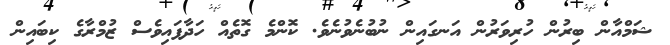
ޝަމްއާން ބިރުން ހުރިވަރުން އަނގައިން ނުބުނެވުނެވެ. ކޮންމެ ގޮތެއް ހަދާފައިވެސް ޒުމްރާގެ ކިބައިން